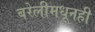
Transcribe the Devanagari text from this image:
बरेलीमधूनही